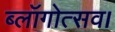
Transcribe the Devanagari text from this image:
ब्लॉगोत्सव।